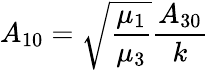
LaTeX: A_{10}=\sqrt{\frac{\mu_{1}}{\mu_{3}}}\frac{A_{30}}{k}